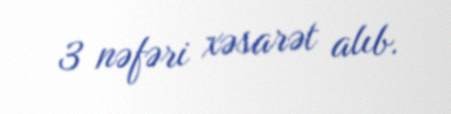
3 nəfəri xəsarət alıb.